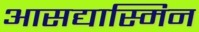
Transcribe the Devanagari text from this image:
आसद्यास्मिन